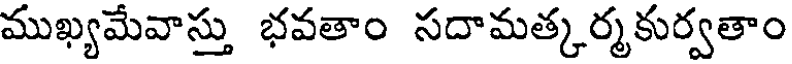
ముఖ్యమేవాస్తు భవతాం సదామత్కర్మకుర్వతాం